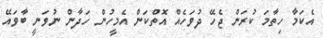
އެކަމާ ހިތާމަ ކުރަން ޖެހޭ ދުވަހެއް އޮތްކަން އެމީހުން ހަދާން ނުވަނީ ބާވައޭ